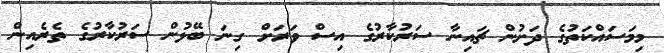
މިމަސައްކަތުގެ ދަށުން ޗައިނާ ސަރުކާރުގެ އިސް ވަރަށް ގިނަ ބޭޅުން ސަރުކާރުގެ ތެރެއިން